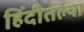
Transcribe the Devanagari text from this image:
हिंदीतल्या